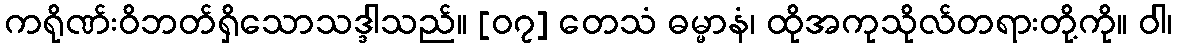
ကရိုဏ်းဝိဘတ်ရှိသောသဒ္ဒါသည်။ [၀၇] တေသံ ဓမ္မာနံ၊ ထိုအကုသိုလ်တရားတို့ကို။ ဝါ၊